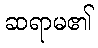
ဆရာမ၏